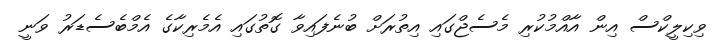
ވިކިލީކްސް އިން އާއްމުކުރި މެސެޖްގައި އިތުރަށް ބުނެފައިވާ ގޮތުގައި އެމެރިކާގެ އެމްބެސެޑަރު ވަނީ